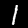
Label: 1